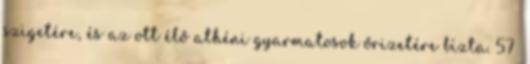
szigetére, és az ott élő athéni gyarmatosok őrizetére bízta. 57